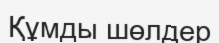
Құмды шөлдер